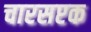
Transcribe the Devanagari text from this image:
चारसप्टक